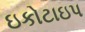
ઇકોટાઇપ